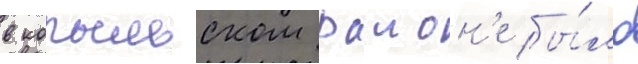
в копыльском раион'е бы́ло